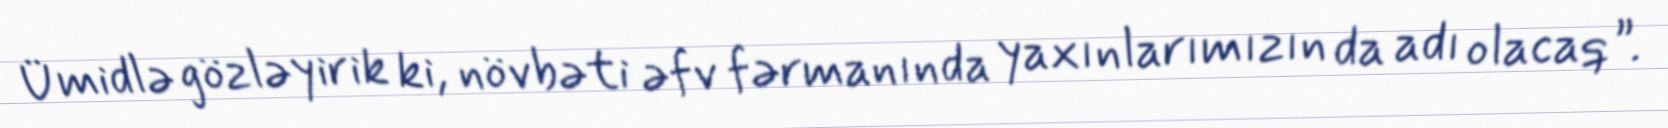
Ümidlə gözləyirik ki, növbəti əfv fərmanında yaxınlarımızın da adı olacaq”.